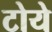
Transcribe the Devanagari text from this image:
टोये